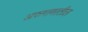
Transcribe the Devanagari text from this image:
अफगाणातील